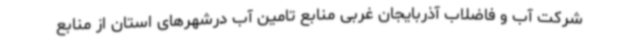
شرکت آب و فاضلاب آذربایجان غربی منابع تامین آب درشهرهای استان از منابع